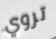
تروي